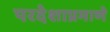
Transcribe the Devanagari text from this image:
परदेशाप्रमाणे